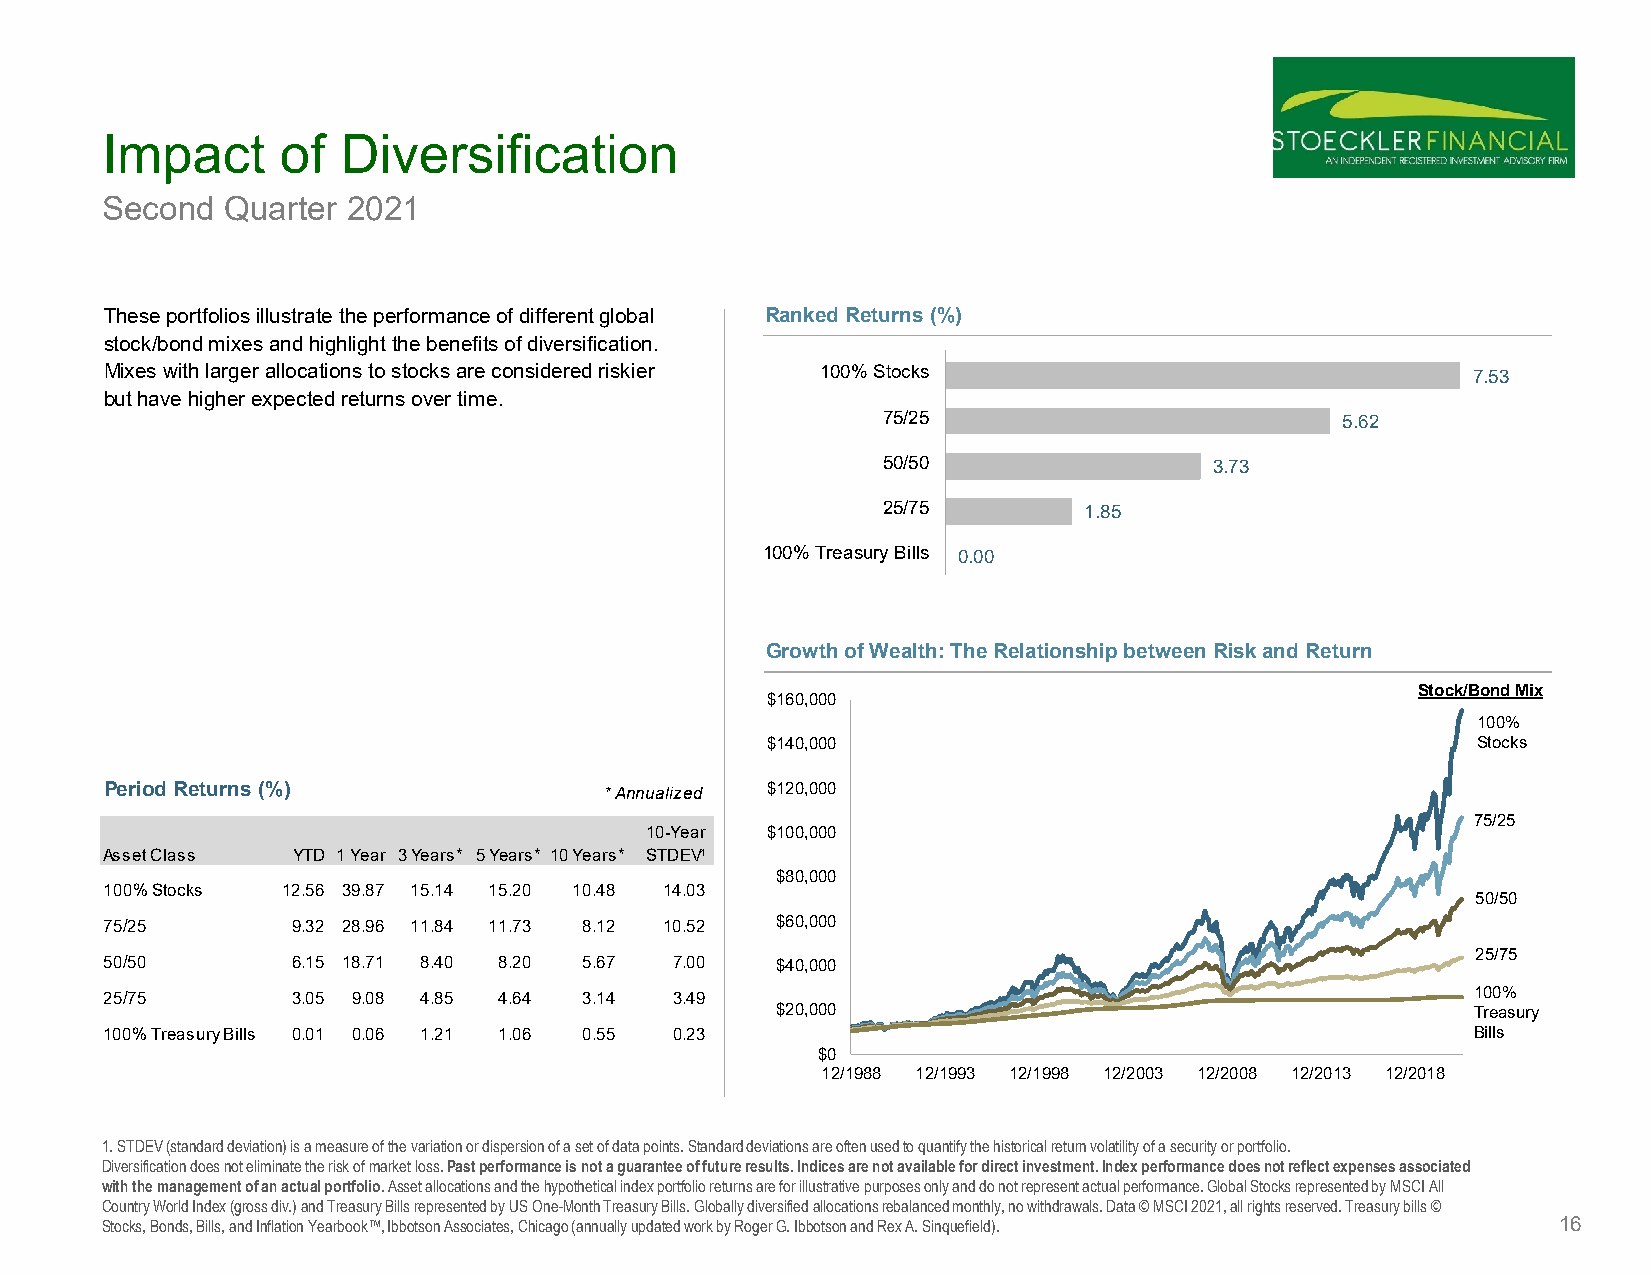
Impact      of  Diversification
 Second  Quarter 2021
 These portfolios illustrate the performance of different global Ranked Returns (%)
 stock/bond mixes and highlight the benefits of diversification.
 Mixes with larger allocations to stocks are considered riskier 100% Stocks                7.53
 but have higher expected returns over time.
 75/25                          5.62
 50/50                 3.73
 25/75         1.85
 100% Treasury Bills 0.00
 Growth of Wealth: The Relationship between Risk and Return
 Stock/Bond Mix
 $160,000
 100%
 $140,000                                       Stocks
 Period Returns (%)               * Annualized $120,000
 75/25
 10-Year $100,000
 Asset Class YTD 1 Year 3 Years**5 Years**10 Years** STDEV¹
 $80,000
 100% Stocks 12.56 39.87 15.14 15.20 10.48 14.03
 50/50
 75/25       9.32 28.96 11.84 11.73 8.12 10.52 $60,000
 25/75
 50/50       6.15 18.71 8.40 8.20 5.67 7.00  $40,000
 25/75       3.05 9.08 4.85 4.64 3.14 3.49                                                  100%
 $20,000                                        Treasury
 100% Treasury Bills 0.01 0.06 1.21 1.06 0.55 0.23                                          Bills
 $0
 12/1988 12/1993 12/1998 12/2003 12/2008 12/2013 12/2018
 1. STDEV (standard deviation) is a measure of the variation or dispersion of a set of data points. Standard deviations are oftenused to quantify the historical return volatility of a security or portfolio.
 Diversification does not eliminate the risk of market loss.Past performance is not a guarantee of future results. Indices are not available for direct investment. Index performance does not reflect expenses associated
 with the management of an actual portfolio.Asset allocations and the hypothetical index portfolio returns are for illustrative purposes only and do not represent actualperformance. Global Stocks represented by MSCI All
 Country World Index (gross div.) and Treasury Bills represented by US One-Month Treasury Bills. Globally diversified allocationsrebalanced monthly, no withdrawals. Data © MSCI 2021, all rights reserved. Treasury bills ©
 Stocks, Bonds, Bills, and Inflation Yearbook™, Ibbotson Associates, Chicago (annually updated work by Roger G. Ibbotson and Rex A. Sinquefield). 16